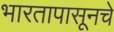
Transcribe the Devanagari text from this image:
भारतापासूनचे